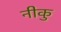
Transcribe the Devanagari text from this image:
नीकु